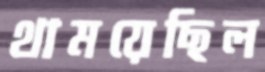
থাময়েছিল